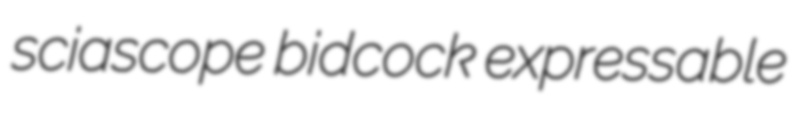
sciascope bidcock expressable